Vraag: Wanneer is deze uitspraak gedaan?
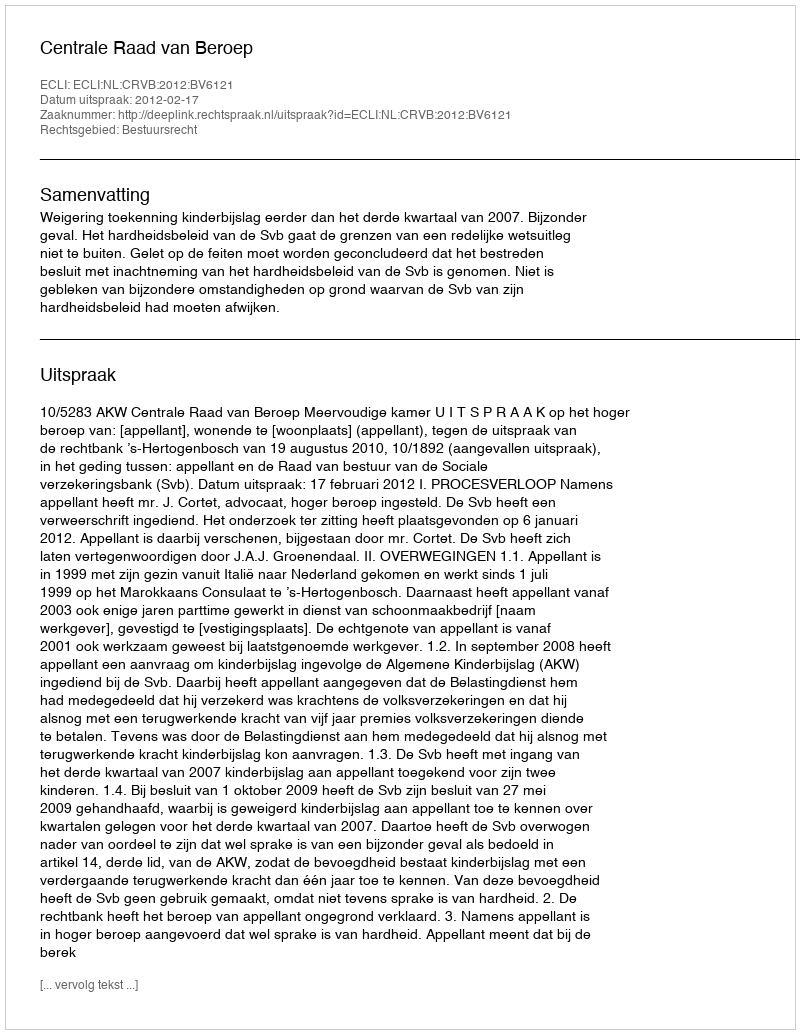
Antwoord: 2012-02-17